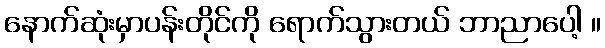
နောက်ဆုံးမှာပန်းတိုင်ကို ရောက်သွားတယ် ဘာညာပေါ့ ။